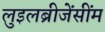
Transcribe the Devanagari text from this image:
लुइलब्रीजेंसींम